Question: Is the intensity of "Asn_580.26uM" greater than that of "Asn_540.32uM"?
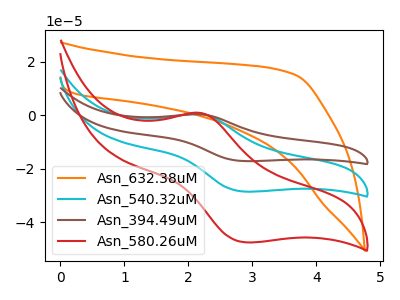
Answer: <think>The orange curve "Asn_632.38uM" has no peaks. The cyan curve "Asn_540.32uM" has an anodic peak at (2.20V, 0.50uA) and a cathodic peak at (2.90V, -28.55uA). The brown curve "Asn_394.49uM" has an anodic peak at (2.20V, 1.00uA) and a cathodic peak at (2.90V, -57.15uA). The red curve "Asn_580.26uM" has an anodic peak at (2.20V, 0.85uA) and a cathodic peak at (2.90V, -47.55uA).
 All the peaks in "Asn_580.26uM" have a peak in "Asn_540.32uM" at the same potential. Every peak in "Asn_580.26uM" is higher than every peak in "Asn_540.32uM".</think>
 <answer>"Asn_580.26uM" has more signal than "Asn_540.32uM".</answer>
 <eval>more_signal</eval>